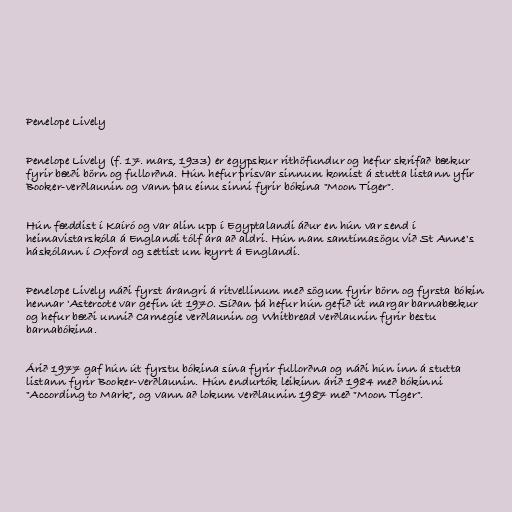
Penelope Lively

Penelope Lively (f. 17. mars, 1933) er egypskur rithöfundur og hefur skrifað bækur
fyrir bæði börn og fullorðna. Hún hefur þrisvar sinnum komist á stutta listann yfir
Booker-verðlaunin og vann þau einu sinni fyrir bókina "Moon Tiger".

Hún fæddist í Kaíró og var alin upp í Egyptalandi áður en hún var send í
heimavistarskóla á Englandi tólf ára að aldri. Hún nam samtímasögu við St Anne's
háskólann í Oxford og settist um kyrrt á Englandi.

Penelope Lively náði fyrst árangri á ritvellinum með sögum fyrir börn og fyrsta bókin
hennar 'Astercote var gefin út 1970. Síðan þá hefur hún gefið út margar barnabækur
og hefur bæði unnið Carnegie verðlaunin og Whitbread verðlaunin fyrir bestu
barnabókina.

Árið 1977 gaf hún út fyrstu bókina sína fyrir fullorðna og náði hún inn á stutta
listann fyrir Booker-verðlaunin. Hún endurtók leikinn árið 1984 með bókinni
"According to Mark", og vann að lokum verðlaunin 1987 með "Moon Tiger".